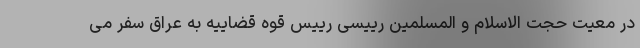
در معیت حجت الاسلام و المسلمین رییسی رییس قوه قضاییه به عراق سفر می